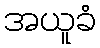
အယူခံ